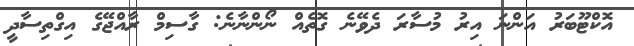
އޮކްޓޫބަރު އަންނަ އިރު މުސާރަ ދެވޭނެ ގޮތެއް ނޯންނާނެ: ގާސިމް ރާއްޖޭގެ އިގްތިސާދީ